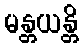
မန္တယန္တိ